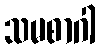
သမစာဂါ